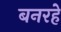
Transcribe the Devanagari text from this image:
बनरहे